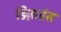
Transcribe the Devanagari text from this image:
डिज़ाइंस